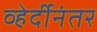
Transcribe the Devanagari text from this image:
व्हेर्दीनंतर